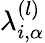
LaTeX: \lambda_{i,\alpha}^{(l)}